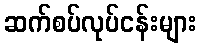
ဆက်စပ်လုပ်ငန်းများ